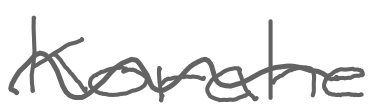
Text: Korahe
Cross-out: wave
Writing tool: digital_gray